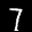
Label: 7